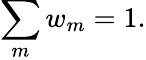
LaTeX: \sum_{m}w_{m}=1.